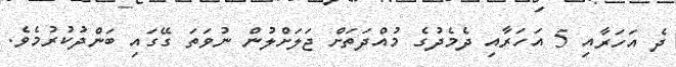
ދެ އަހަރާއި 5 އަހަރާއި ދެމެދުގެ މުއްދަތަށް ޖަލަށްލުން ނުވަތަ ގޭގައި ބަންދުކުރުމެވެ.